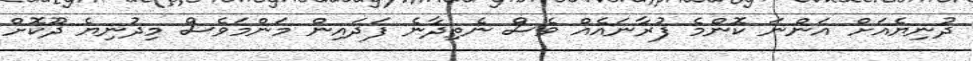
ދުނިޔެއަށް އަންނަ ކޮންމެ ފުރާނައެއް ވެސް ނެތިދާނެ ފަދައިން މަންމަވެސް މިދުނިޔެ ދޫކޮށް